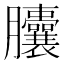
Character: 𦣘